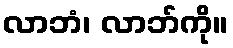
လာဘံ၊ လာဘ်ကို။